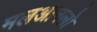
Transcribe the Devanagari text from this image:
मलआनलो